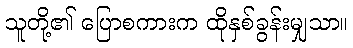
သူတို့၏ ပြောစကားက ထိုနှစ်ခွန်းမျှသာ။